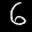
Label: 6